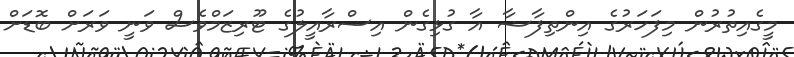
މީގެއިތުރުން މިފަހަރުގެ އިންތިފާޟާ އާ ގުޅިގެން އިސްރާއީލުގެ ޓޫރިޒަމްވެސް ވަނީ ވަރަށް ބޮޑަށް